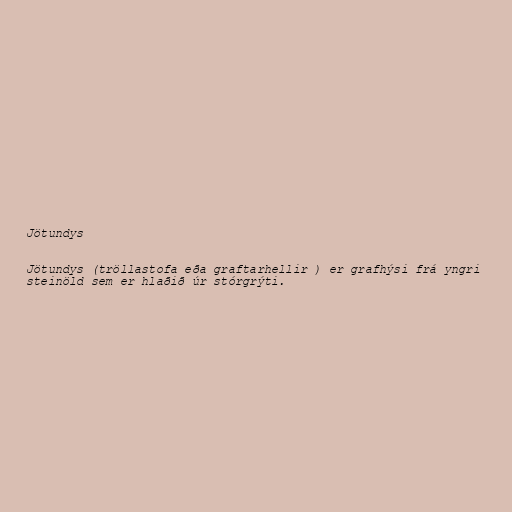
Jötundys

Jötundys (tröllastofa eða graftarhellir ) er grafhýsi frá yngri
steinöld sem er hlaðið úr stórgrýti.